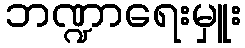
ဘဏ္ဍာရေးမှူး